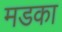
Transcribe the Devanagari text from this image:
मडका